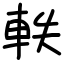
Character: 軼